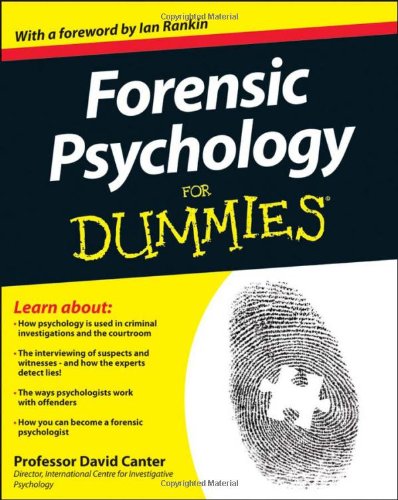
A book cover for Forensic Psychology For Dummies; David Canter; Medical Books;